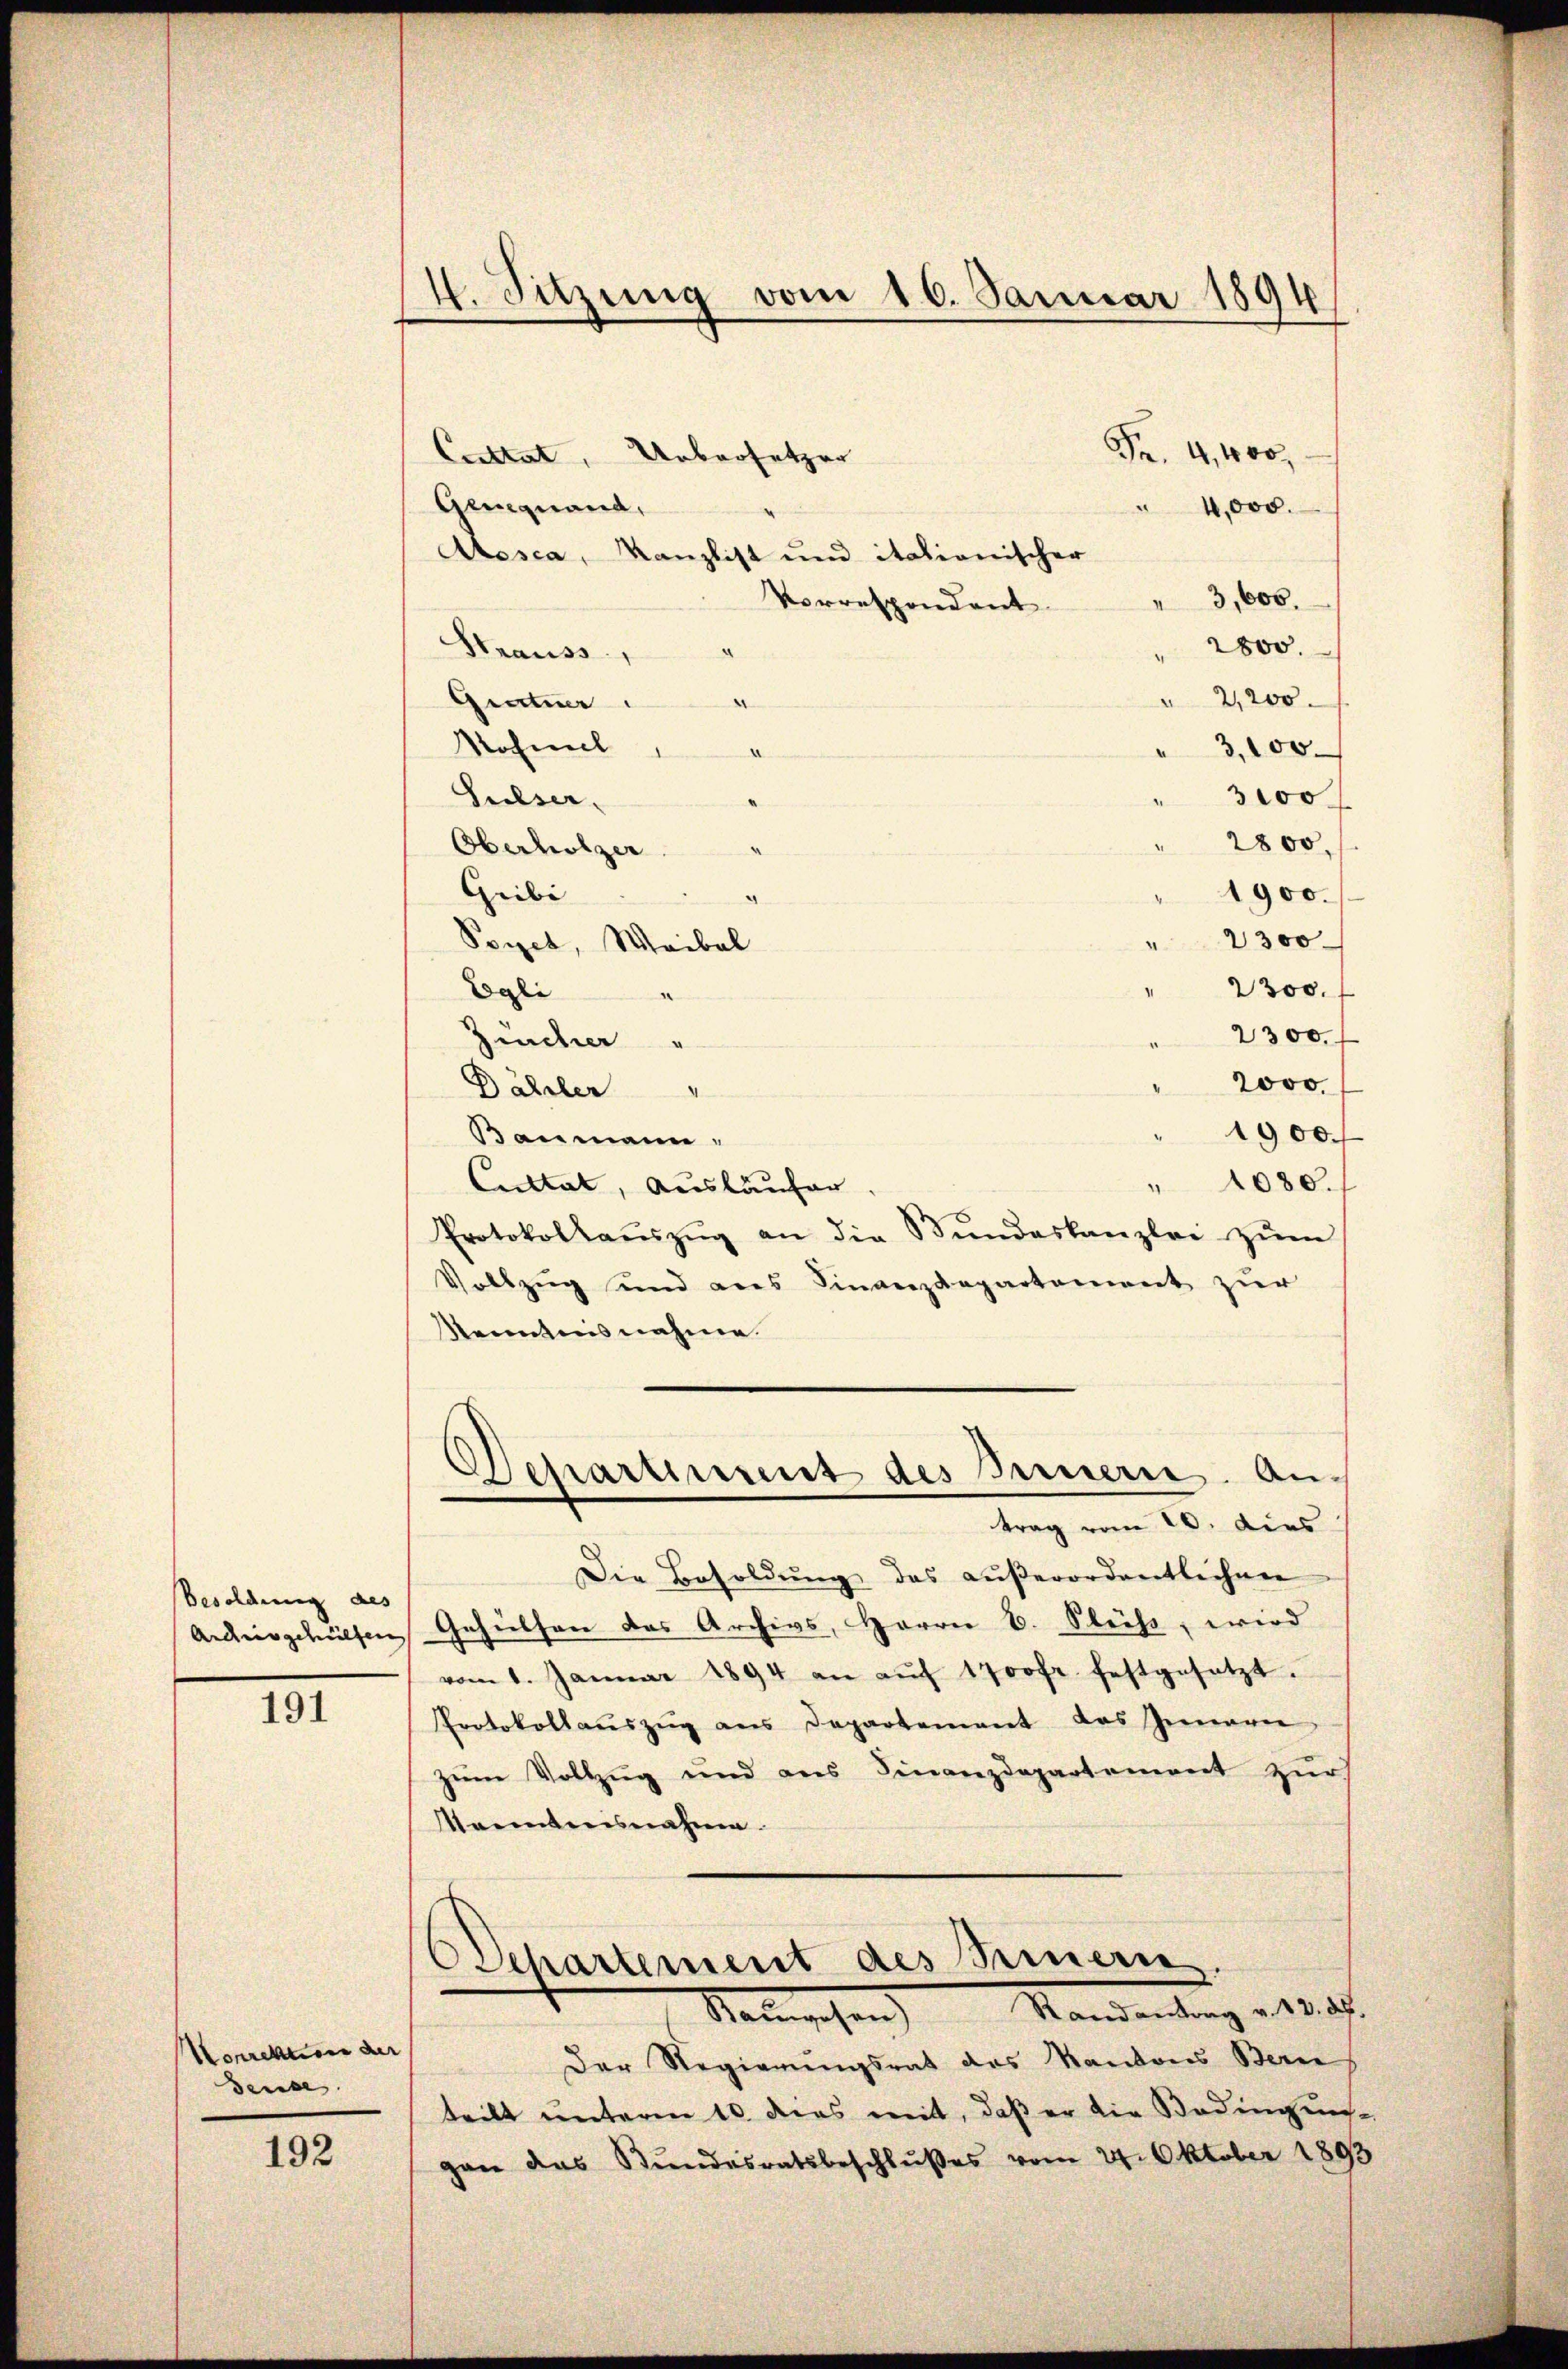
Besoldung des

III

Korrektion der
Dense

192

4. Sitzung vom 16. Januar 1894

Constat, Uebersetzer
Geneinand,
Assca, Kanzlist und itationischer
Vorrespondant
Hrauss,
Gentner
.
Mohmel
e
Sulser,
Oberholzer
Gribi
.
Peyet, Weibel
Egli
2300. f
“
2300. f
Zürcher "
2000.
Dähler "
1900
Baumann,
" 1080.
Cultat, Ausläufer.
Protokollaŭszŭg an die Bŭndeskanzlei zŭm
Vollzug und aus Finanzdepartement zur
Renntnisnahme.
Departement des Innern. An-
trag vom 10. dies
Die Besoldŭng des aŭβerordentlichen
Andesgehülfen Gehülfen das Archivs, Harrer B. Fleiss, wird
vom 1. Januar 1894 an aŭf 1700 fr. festgesetzt.
Protokollaŭszŭg ans Departement das Inneren
zum Vollzug und aus Finanzdepartement zur
Manntnisnahme.

Fr. 4,400,
4,000.
3,600.
" 2800.
" 2,200
"3,100
" 3000
" 2800,
1900.
" 2300

Departement des Semmern.
Namischen       Mandantrag etlich

Der Regierungsrat des Kantons Bern
teilt unterm 10. dies mit, daß er die Bedingen
gan das Bundesratsbeschlußes vom 24. Oktober 1893